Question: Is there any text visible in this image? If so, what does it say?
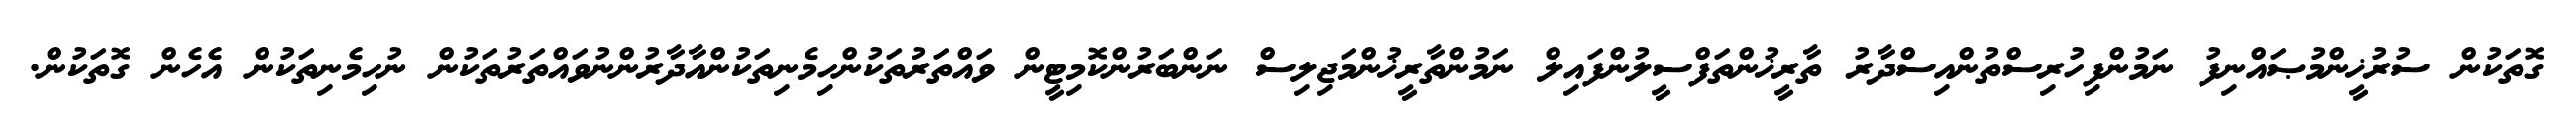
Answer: ގޮތަކުން ސުރުޚީންމުޞައްނިފު ނަމުންފިހުރިސްތުންއިސްދާރު ތާރީޚުންތަފްސީލުންފައިލް ނަމުންތާރީޚުންމަޖިލިސް ނަންބަރުންކޮމިޓީން ވައްތަރުތަކުންހިމެނިތަކުންއާދާރުންނުވައްތަރުތަކުން ނުހިމެނިތަކުން އެހެން ގޮތަކުން.